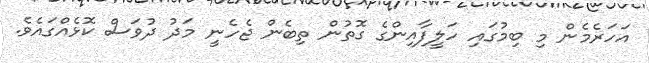
އަހަރެމެން މި ބިމުގައި ހަލީފާއިންގެ ގޮތުން ތިބެން ޖެހެނީ މަދު ދުވަސް ކޮޅެއްގައެވެ.